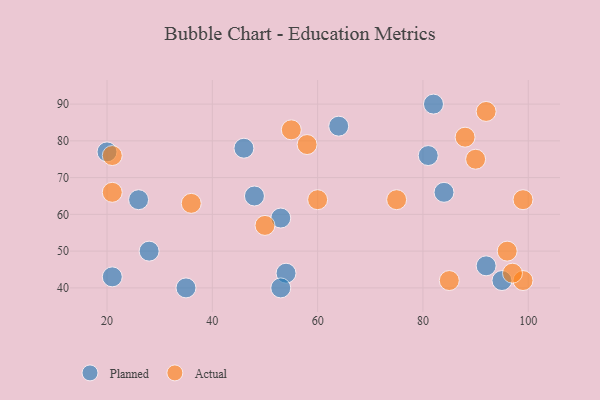
{"axis": {"x": "GDP", "y": "Life Expectancy"}, "legend": ["Actual", "Planned"], "data": [{"x": "92", "y": 46, "type": "Planned"}, {"x": "95", "y": 42, "type": "Planned"}, {"x": "26", "y": 64, "type": "Planned"}, {"x": "54", "y": 44, "type": "Planned"}, {"x": "64", "y": 84, "type": "Planned"}, {"x": "53", "y": 40, "type": "Planned"}, {"x": "81", "y": 76, "type": "Planned"}, {"x": "82", "y": 90, "type": "Planned"}, {"x": "84", "y": 66, "type": "Planned"}, {"x": "53", "y": 59, "type": "Planned"}, {"x": "46", "y": 78, "type": "Planned"}, {"x": "20", "y": 77, "type": "Planned"}, {"x": "21", "y": 43, "type": "Planned"}, {"x": "48", "y": 65, "type": "Planned"}, {"x": "28", "y": 50, "type": "Planned"}, {"x": "35", "y": 40, "type": "Planned"}, {"x": "55", "y": 83, "type": "Actual"}, {"x": "36", "y": 63, "type": "Actual"}, {"x": "58", "y": 79, "type": "Actual"}, {"x": "88", "y": 81, "type": "Actual"}, {"x": "92", "y": 88, "type": "Actual"}, {"x": "75", "y": 64, "type": "Actual"}, {"x": "50", "y": 57, "type": "Actual"}, {"x": "99", "y": 42, "type": "Actual"}, {"x": "21", "y": 66, "type": "Actual"}, {"x": "97", "y": 44, "type": "Actual"}, {"x": "96", "y": 50, "type": "Actual"}, {"x": "85", "y": 42, "type": "Actual"}, {"x": "99", "y": 64, "type": "Actual"}, {"x": "90", "y": 75, "type": "Actual"}, {"x": "21", "y": 76, "type": "Actual"}, {"x": "60", "y": 64, "type": "Actual"}]}